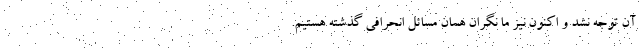
آن توجه نشد و اکنون نیز ما نگران همان مسائل انحرافی گذشته هستیم.